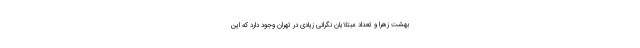
بهشت زهرا و تعداد مبتلایان نگرانی زیادی در تهران وجود دارد که این